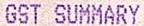
GST SUMMARY